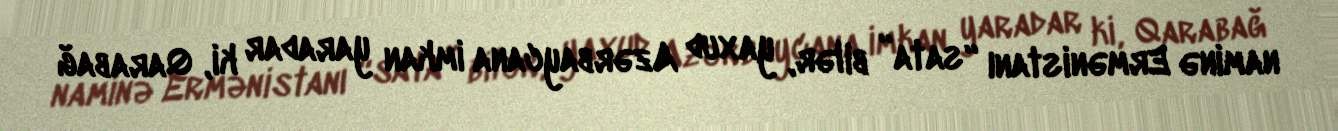
naminə Ermənistanı “sata” bilər, yaxud Azərbaycana imkan yaradar ki, Qarabağ